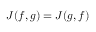
J ( f , g ) = J ( g , f )